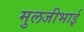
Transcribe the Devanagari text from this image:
मुलजीभाई